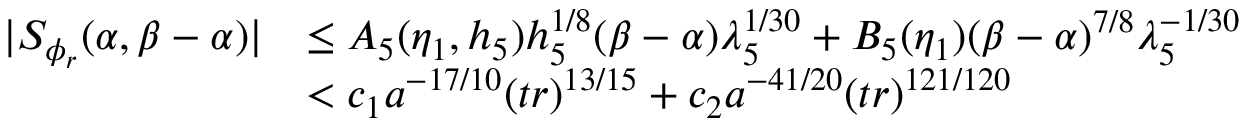
\begin{array} { r l } { | S _ { \phi _ { r } } ( \alpha , \beta - \alpha ) | } & { \le A _ { 5 } ( \eta _ { 1 } , h _ { 5 } ) h _ { 5 } ^ { 1 / 8 } ( \beta - \alpha ) \lambda _ { 5 } ^ { 1 / 3 0 } + B _ { 5 } ( \eta _ { 1 } ) ( \beta - \alpha ) ^ { 7 / 8 } \lambda _ { 5 } ^ { - 1 / 3 0 } } \\ & { < c _ { 1 } a ^ { - 1 7 / 1 0 } ( t r ) ^ { 1 3 / 1 5 } + c _ { 2 } a ^ { - 4 1 / 2 0 } ( t r ) ^ { 1 2 1 / 1 2 0 } } \end{array}